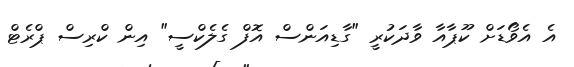
އެ އެވޯޑަށް ކޫޕާއާ ވާދަކުރީ "ގާޑިއަންސް އޮފް ގެލެކްސީ" އިން ކްރިސް ޕްރެޓް